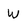
Character: W